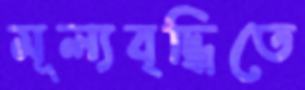
মূল্যবৃদ্ধিতে